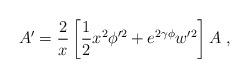
LaTeX: \begin{align*}A' = \frac{2}{x} \left[\frac{1}{2} x^2 \phi'^2 + e^{2 \gamma \phi } w'^2 \right] A\ , \end{align*}